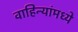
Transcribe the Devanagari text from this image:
वाहिन्यांमध्ये